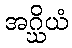
အဂ္ဃိယံ